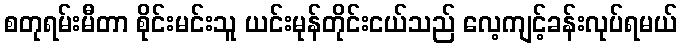
စတုရမ်းမီတာ စိုင်းမင်းသူ ယင်းမုန်တိုင်းငယ်သည် လေ့ကျင့်ခန်းလုပ်ရမယ်